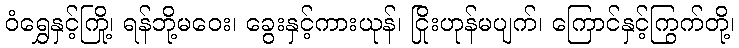
ဝံရွှေနှင့်ကြို့၊ ရန်ဘို့မဝေး၊ ခွေးနှင့်ကားယုန်၊ ငြိုးဟုန်မပျက်၊ ကြောင်နှင့်ကြွက်တို့၊